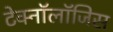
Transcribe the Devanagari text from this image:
टेक्नॉलॉजिस